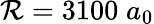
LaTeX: \mathcal{R}=3100\; a_{0}